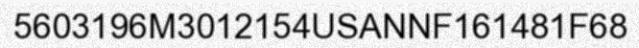
5603196M3012154USANNF161481F68